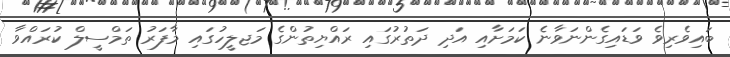
ބައިވެރިވެ ވަޑައިގެންނަވާނެ ކަމަށާއި އަދި ދަތުރުގައި ރައްޔިތުންގެ މަޖލީހުގައި މާފަރު ތަމްސީލް ކުރައްވާ